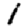
Digit: 1